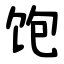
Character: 饱